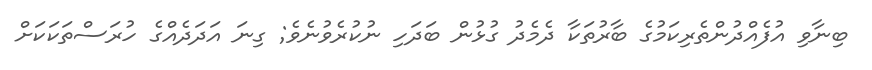
ބިނާވި އުފެއްދުންތެރިކަމުގެ ބާރުތަކާ ދެމެދު ގުޅުން ބަދަހި ނުކުރެވުނެވެ; ގިނަ އަދަދެއްގެ ހުރަސްތަކަކަށް